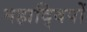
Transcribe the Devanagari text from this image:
महाद्विपों